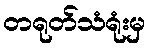
တရုတ်သံရုံးမှ